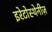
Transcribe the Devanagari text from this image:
इरेटोस्थेनीज़